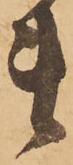
ま